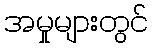
အမှုများတွင်